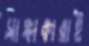
সাঙ্গাকারাই